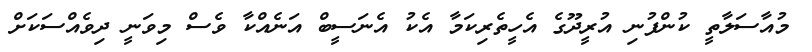
މުއާސަލާތީ ކުންފުނި އުރީދޫގެ އެހީތެރިކަމާ އެކު އެނަސީބް އަނެއްކާ ވެސް މިވަނީ ދިވެއްސަކަށް